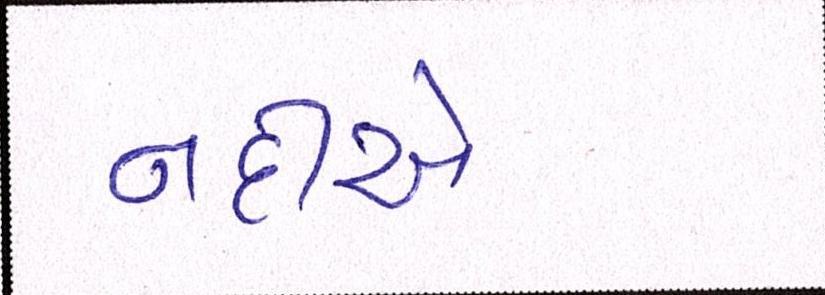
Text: નદીએ